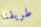
طريقنا